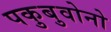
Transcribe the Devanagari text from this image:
पकुबुवोनो